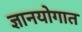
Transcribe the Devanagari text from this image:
ज्ञानयोगात